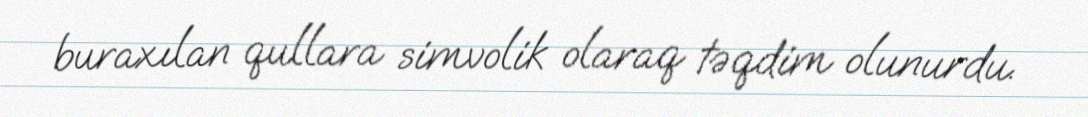
buraxılan qullara simvolik olaraq təqdim olunurdu.